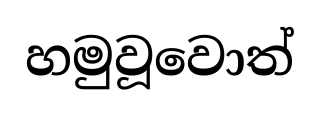
හමුවූවොත්